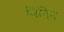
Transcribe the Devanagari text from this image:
मिनिन